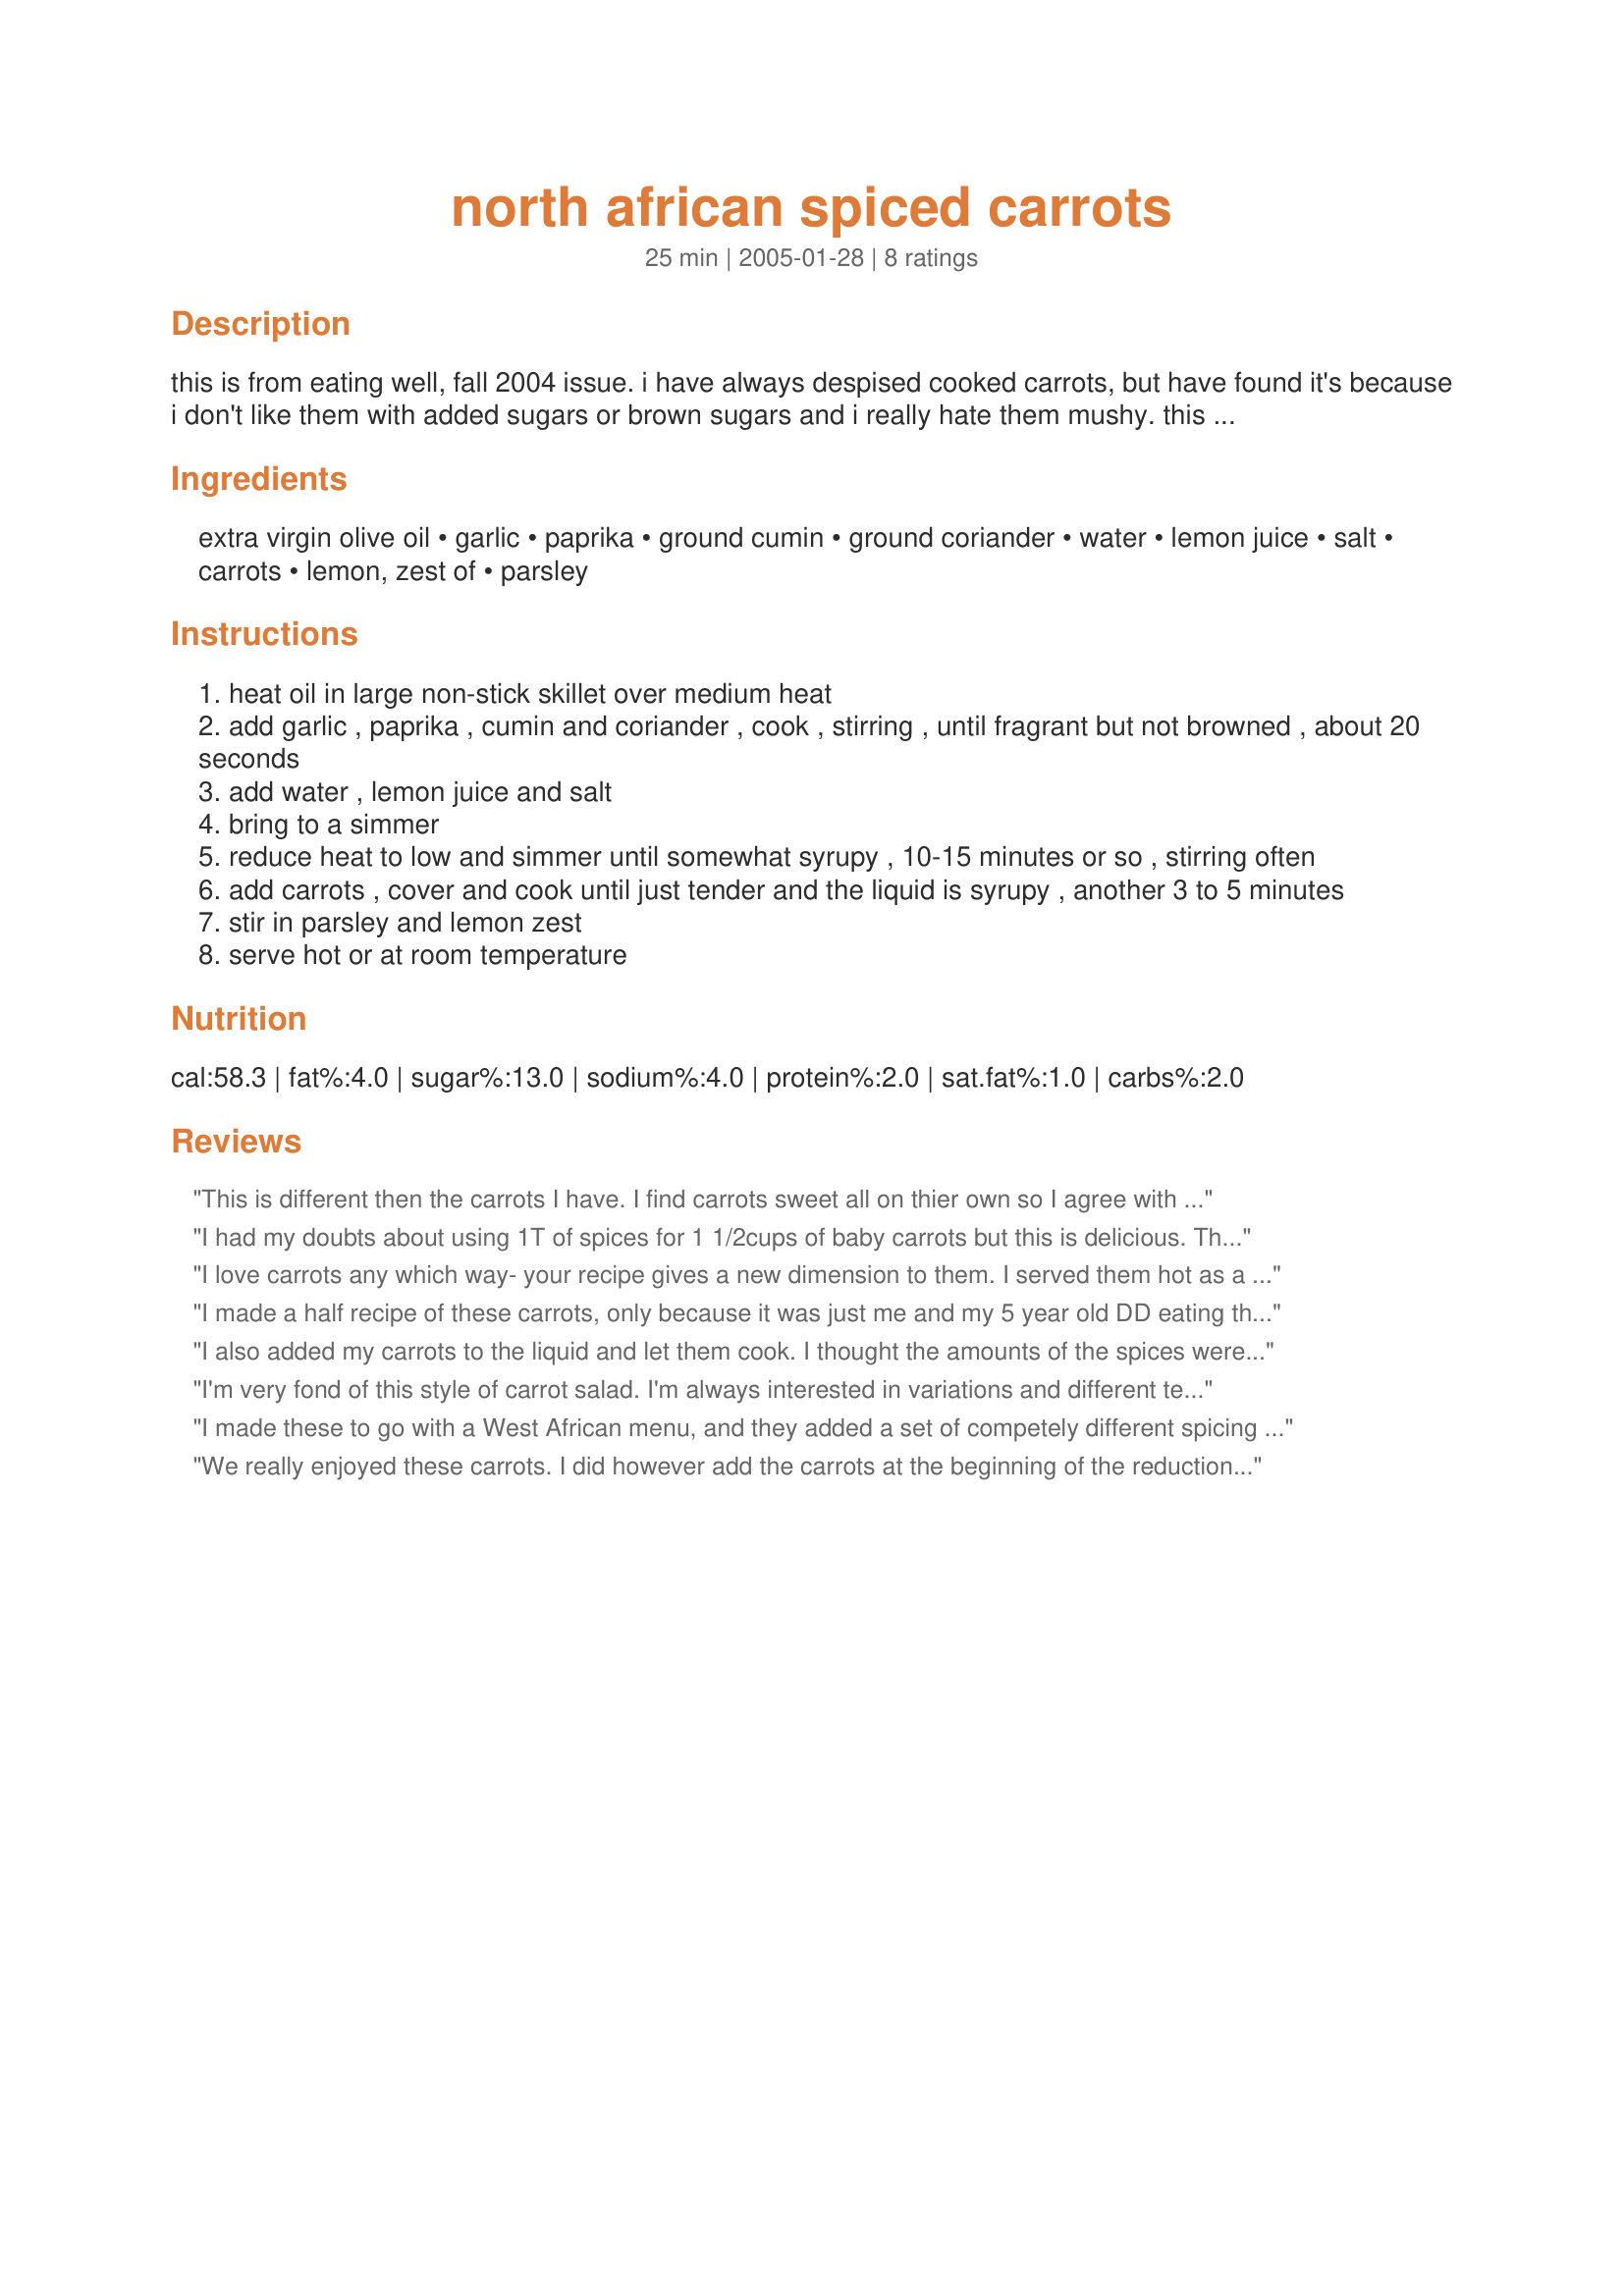
north african spiced carrots
Preparation time: 25 minutes

this is from eating well, fall 2004 issue. i have always despised cooked carrots, but have found it's because i don't like them with added sugars or brown sugars and i really hate them mushy. this is the first cooked carrot recipe that i really like and have made it repeatedly. i modified the original recipe so that the carrots are cooked to the bare minimum, and i've bumped up a couple of the seasonings to my tastes. i use a smoked paprika that's a little spicy, which is wonderful in this, but you could use whatever you have on hand. i've also just used

Ingredients:
extra virgin olive oil, garlic, paprika, ground cumin, ground coriander, water, lemon juice, salt, carrots, lemon, zest of, parsley

Steps:
heat oil in large non-stick skillet over medium heat
add garlic , paprika , cumin and coriander , cook , stirring , until fragrant but not browned , about 20 seconds
add water , lemon juice and salt
bring to a simmer
reduce heat to low and simmer until somewhat syrupy , 10-15 minutes or so , stirring often
add carrots , cover and cook until just tender and the liquid is syrupy , another 3 to 5 minutes
stir in parsley and lemon zest
serve hot or at room temperature

Reviews:
This is different then the carrots I have. I find carrots sweet all on thier own so I agree with not adding sugar. At times I do add honey. This recipe gave it a whole new demension. Tang from the lemon juice, zest and coriander. Smokeyness from the cumin. And of course my favorite garlic no more to be said! I did add in the carrots along with the liquids. I just couldn`t see my carrots being cooked in 3-5 minutes. And they still had a nice crunch to them. Thanks for being this style of making carrots to zaar!
I had my doubts about using 1T of spices for 1 1/2cups of baby carrots but this is delicious. The more of it I ate, the more I liked it. I found I preferred it warm. Didn't change a thing except to make half a recipe. Great experience, bikerchick.
I love carrots any which way- your recipe gives a new dimension to them. I served them hot as a side dish with fish, mashed potatoes and minted peas. Delicious dinner, your carrot recipe was a hit. Thanks for posting it bikerchick
I made a half recipe of these carrots, only because it was just me and my 5 year old DD eating them. I didn't read any of the reviews before trying the recipe, but now that I have, it looks like I had the same concerns as others did. DD measured the spices, which she has been doing for years, but after seeing the amount I thought maybe she got too much cumin or coriander, even though she assured me she only put in one Tbls each. After reading the other reviews here, I think she measured correctly and we would just back off a bit on the amounts next time. The final product was too spicy (in flavor, not heat) for her, but I enjoyed it. I too wondered how my carrots were going to cook in less than 5 minutes, so I cut them into large matchsticks instead of rounds, then made the recipe as written and they were perfectly al dente. Thanks for sharing this recipe, bikerchick! Made and enjoyed for the Winter 2012 African Recipe Tag Game.
I also added my carrots to the liquid and let them cook. I thought the amounts of the spices were a little off as I found them to be quite overpowering and they masked the flavor of the carrots. I do used freshly ground spices, but I would use way less next time. Thanks for a great carrot recipe.
I'm very fond of this style of carrot salad. I'm always interested in variations and different techniques.

This recipe was tasty, and we enjoyed it quite a bit.

However, we didn't see an advantage to the extra work of mixing up the sauce ingredients, simmering them so long, and then cooking the carrots in it. Generally we steam the carrot slices until al dente, then just add the same style of ingredients to the steamed carrots. We didn't find this recipe to be really any tastier than that method, but a bunch more work.


I made these to go with a West African menu, and they added a set of competely different spicing to my menu of Chicken and Groundnut Stew, African Chop, and rice. I did cook the carrots right away, as I like well-cooked carrots. A nice change of pace.
We really enjoyed these carrots. I did however add the carrots at the beginning of the reduction....as the first time I made them...the carrots were a wee bit too crunchy for us. Served this with "recipe #164728" and basmati rice. Thank you for sharing. Made this for African Recipe Fun.
